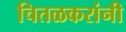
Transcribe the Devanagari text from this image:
चितळकरांनी